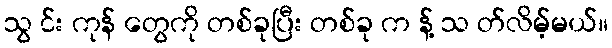
သွ င်း ကုန် တွေကို တစ်ခုပြီး တစ်ခု က န့် သ တ်လိမ့်မယ်။